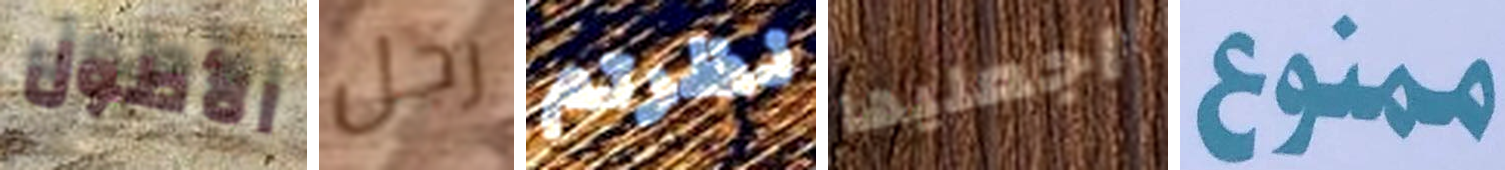
الأطول رجل نظرتم اجعليها ممنوع